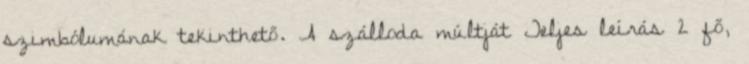
szimbólumának tekinthető. A szálloda múltját Teljes leírás 2 fő,